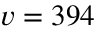
v = 3 9 4